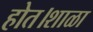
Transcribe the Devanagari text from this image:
होत।शाळा